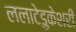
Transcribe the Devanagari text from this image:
ललाटेडुकेशरी